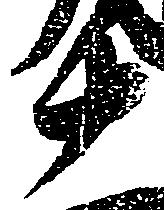
十